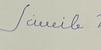
Signature authenticity: forged